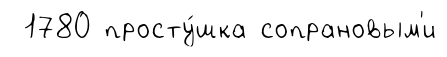
1780 просту́шка сопрановым'и